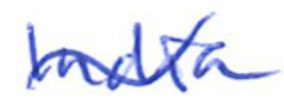
Text: India
Cross-out: wave
Writing tool: ballpoint